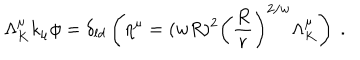
LaTeX: \Lambda _ { K } ^ { \mu } k _ { \mu } \phi = \delta _ { l d } \left( \eta ^ { \mu } = ( w R ) ^ { 2 } \left( { \frac { R } { r } } \right) ^ { 2 / w } \Lambda _ { K } ^ { \mu } \right) \ .